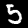
Digit: 5